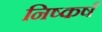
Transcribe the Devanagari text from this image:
निष्कर्षं